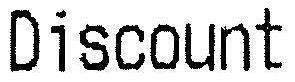
DISCOUNT